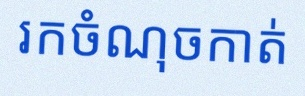
រកចំណុចកាត់